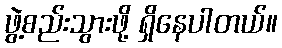
ဖွဲ့စည်းသွားဖို့ ရှိနေပါတယ်။